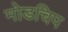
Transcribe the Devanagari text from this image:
मोडचिप